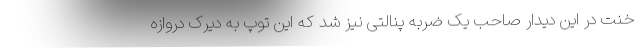
خنت در این دیدار صاحب یک ضربه پنالتی نیز شد که این توپ به دیرک دروازه